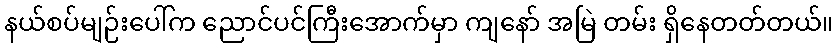
နယ်စပ်မျဉ်းပေါ်က ညောင်ပင်ကြီးအောက်မှာ ကျနော် အမြဲ တမ်း ရှိနေတတ်တယ်။